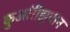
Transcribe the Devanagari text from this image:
कुआंरीझुपान